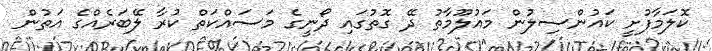
ކޮލަމާފުށީ ކައުންސިލުން މައުލޫމާތު ދޭ ގޮތުގައި ދޯނީގެ މަސައްކަތް ކުރާ ލޭބަރެއްގެ އަތުން